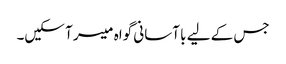
جس کے لیے با آسانی گواہ میسر آ سکیں۔